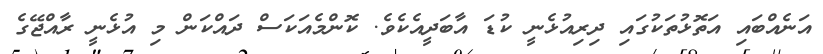
އަނެއްބައި އަތޮޅުތަކުގައި ދިރިއުޅެނީ ކުޑަ އާބަދީއެކެވެ. ކޮންމެއަކަސް ދައްކަން މި އުޅެނީ ރާއްޖޭގެ